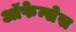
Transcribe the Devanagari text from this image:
ऑफेन्सेस